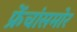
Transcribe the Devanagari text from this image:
फ्रेंचांसमोर